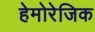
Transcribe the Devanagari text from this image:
हेमोरेजिक